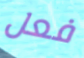
فعل